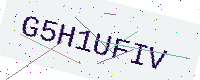
Text: G5H1UFIV